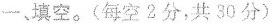
一、填空。(每空2分，共30分).